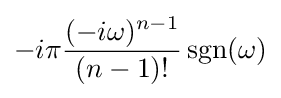
-i\pi {\frac {(-i\omega )^{n-1}}{(n-1)!}}\operatorname {sgn} (\omega )